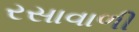
રસાવાળી